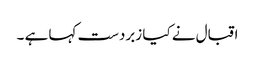
اقبال نے کیا زبردست کہا ہے ۔